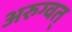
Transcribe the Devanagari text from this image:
अरुग्वत्